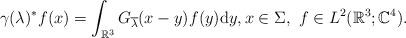
LaTeX: \begin{align*} \gamma(\lambda)^* f(x) = \int_{\mathbb{R}^3} G_{\overline{\lambda}}(x - y) f(y) \mathrm{d} y, x \in \Sigma,~f \in L^2(\mathbb{R}^3; \mathbb{C}^4). \end{align*}